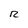
Character: R